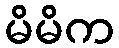
မိမိက